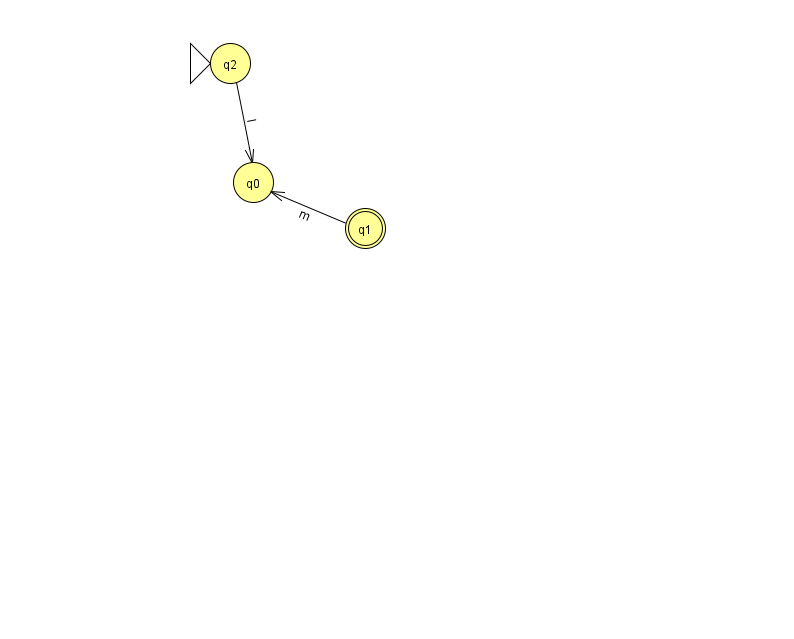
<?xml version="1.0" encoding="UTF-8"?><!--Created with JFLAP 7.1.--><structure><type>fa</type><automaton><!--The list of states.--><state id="0" name="q0"><x>253.0</x><y>169.0</y></state><state id="1" name="q1"><x>365.0</x><y>215.0</y><final/></state><state id="2" name="q2"><x>230.0</x><y>50.0</y><initial/></state><!--The list of transitions.--><transition><from>2</from><to>0</to><read>l</read></transition><transition><from>1</from><to>0</to><read>m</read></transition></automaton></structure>